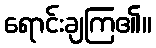
ရောင်းချကြ၏။